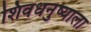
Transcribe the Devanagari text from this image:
शिवधनुष्याला